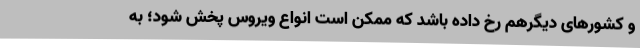
و کشورهای دیگرهم رخ داده باشد که ممکن است انواع ویروس پخش شود؛ به